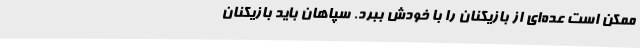
ممکن است عده‌ای از بازیکنان را با خودش ببرد. سپاهان باید بازیکنان